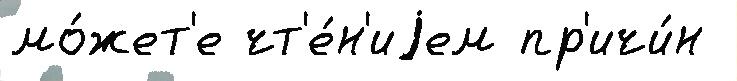
мо́жет'е чт'е́н'иjем пр'ичи́н